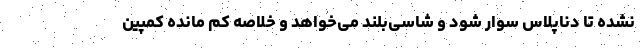
نشده تا دناپلاس سوار شود و شاسی‌بلند می‌خواهد و خلاصه کم مانده کمپین